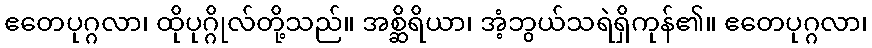
ဧတေပုဂ္ဂလာ၊ ထိုပုဂ္ဂိုလ်တို့သည်။ အစ္ဆိရိယာ၊ အံ့ဘွယ်သရဲရှိကုန်၏။ ဧတေပုဂ္ဂလာ၊